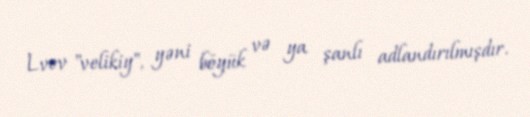
Lvov "velikiy", yəni böyük və ya şanlı adlandırılmışdır.